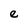
Character: e